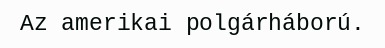
Az amerikai polgárháború.